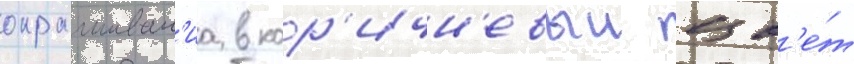
окрашиван'иа в кор'ичн'евыи цв'е́т